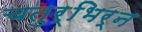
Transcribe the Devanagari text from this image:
चतुर्भिर्न